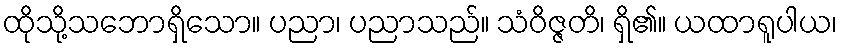
ထိုသို့သဘောရှိသော။ ပညာ၊ ပညာသည်။ သံဝိဇ္ဇတိ၊ ရှိ၏။ ယထာရူပါယ၊